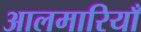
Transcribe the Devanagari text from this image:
आलमारियाँ